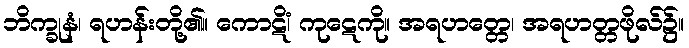
ဘိက္ခုနံ၊ ရဟန်းတို့၏။ ကောဋိံ၊ ကုဋေကို။ အရဟတ္တေ၊ အရဟတ္တဖိုလ်၌။